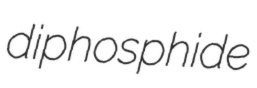
diphosphide